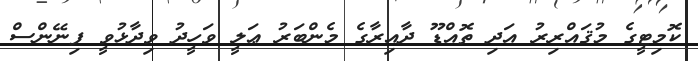
ކޮމިޓީގެ މުޤައްރިރު އަދި ތޮއްޑޫ ދާއިރާގެ މެންބަރު ޢަލީ ވަހީދު ވިދާޅުވީ ފިނޭންސް